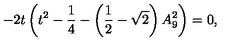
- 2 t \left( t ^ { 2 } - \frac { 1 } { 4 } - \left( \frac { 1 } { 2 } - \sqrt { 2 } \right) A _ { 9 } ^ { 2 } \right) = 0 ,